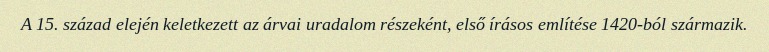
A 15. század elején keletkezett az árvai uradalom részeként, első írásos említése 1420-ból származik.